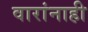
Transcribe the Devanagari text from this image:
वारांनाही